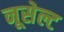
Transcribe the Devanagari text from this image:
नूसेल्ट